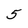
Character: 5